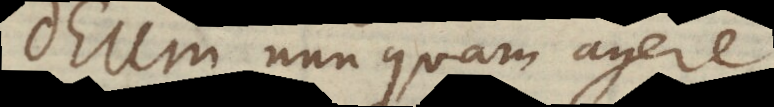
Deum nunquam agere